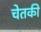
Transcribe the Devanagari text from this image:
चेतकी